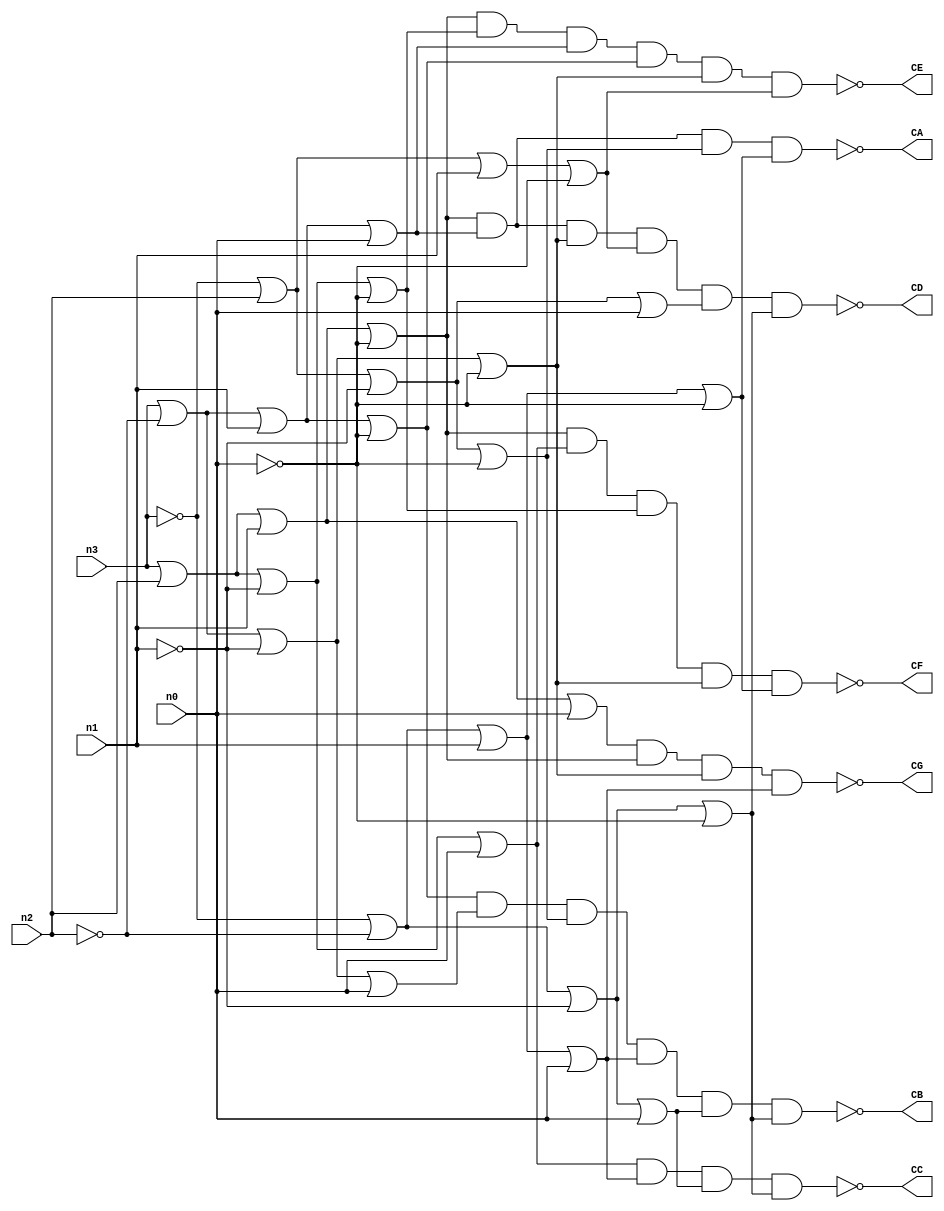
`timescale 1ns / 1ps
//////////////////////////////////////////////////////////////////////////////////
// Company: 
// Engineer: 
// 
// Design Name: 
// Module Name: seg_converter
// Project Name: 
// Target Devices: 
// Tool Versions: 
// Description: 
// 
// Dependencies: 
// 
// Revision:
// Revision 0.01 - File Created
// Additional Comments:
// 
//////////////////////////////////////////////////////////////////////////////////


module seg_converter(
    input n3,
    input n2,
    input n1,
    input n0,
    output CA,
    output CB,
    output CC,
    output CD,
    output CE,
    output CF,
    output CG
    );
    
    //assign output segment logic
    //CA = PI(M(14,11,13))
    assign CA = ~((n3|n2|n1|~n0)&(n3|~n2|n1|n0)&(~n3|n2|~n1|~n0)&(~n3|~n2|n1|~n0));
    //CB = PI(M(5,6,11,12,14,15))
    assign CB = ~((n3|~n2|n1|~n0)&(n3|~n2|~n1|n0)&(~n3|n2|~n1|~n0)&(~n3|~n2|n1|n0)&(~n3|~n2|~n1|n0)&(~n3|~n2|~n1|~n0));
    //CC = PI(M(2,12,14,15))
    assign CC = ~((n3|n2|~n1|n0)&(~n3|~n2|n1|n0)&(~n3|~n2|~n1|n0)&(~n3|~n2|~n1|~n0));
    //CD = PI(M(1,4,7,9,10,15))
    assign CD =~((n3|n2|n1|~n0)&(n3|~n2|n1|n0)&(n3|~n2|~n1|~n0)&(~n3|n2|n1|~n0)&(~n3|n2|~n1|n0)&(~n3|~n2|~n1|~n0));
    //CE = PI(M(1,3,4,5,7,9))
    assign CE = ~((n3|n2|n1|~n0)&(n3|n2|~n1|~n0)&(n3|~n2|n1|n0)&(n3|~n2|n1|~n0)&(n3|~n2|~n1|~n0)&(~n3|n2|n1|~n0));
    //CF = PI(M(1,2,3,7,13))
    assign CF = ~((n3|n2|n1|~n0)&(n3|n2|~n1|n0)&(n3|n2|~n1|~n0)&(n3|~n2|~n1|~n0)&(~n3|~n2|n1|~n0));
    //CG = PI(M(0,1,7,12))
    assign CG = ~((n3|n2|n1|n0)&(n3|n2|n1|~n0)&(n3|~n2|~n1|~n0)&(~n3|~n2|n1|n0));
    
    
endmodule